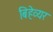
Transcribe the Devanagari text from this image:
बिहेव्यर